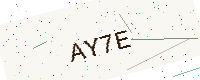
Text: AY7E